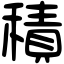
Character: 積